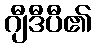
ဂျီဒီပီ၏